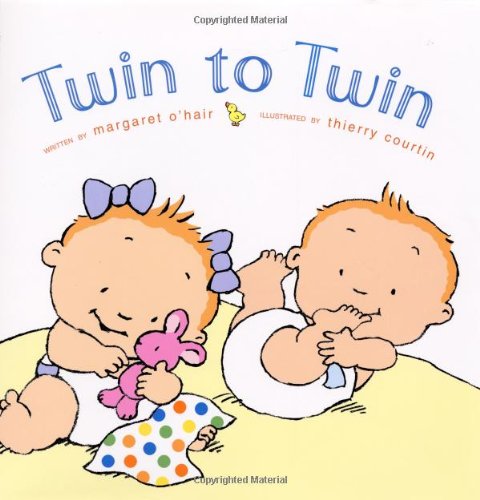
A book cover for Twin to Twin; Margaret O'Hair; Children's Books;